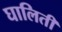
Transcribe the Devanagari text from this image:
घालिती